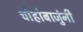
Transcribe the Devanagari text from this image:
चोहोबाजुंनी